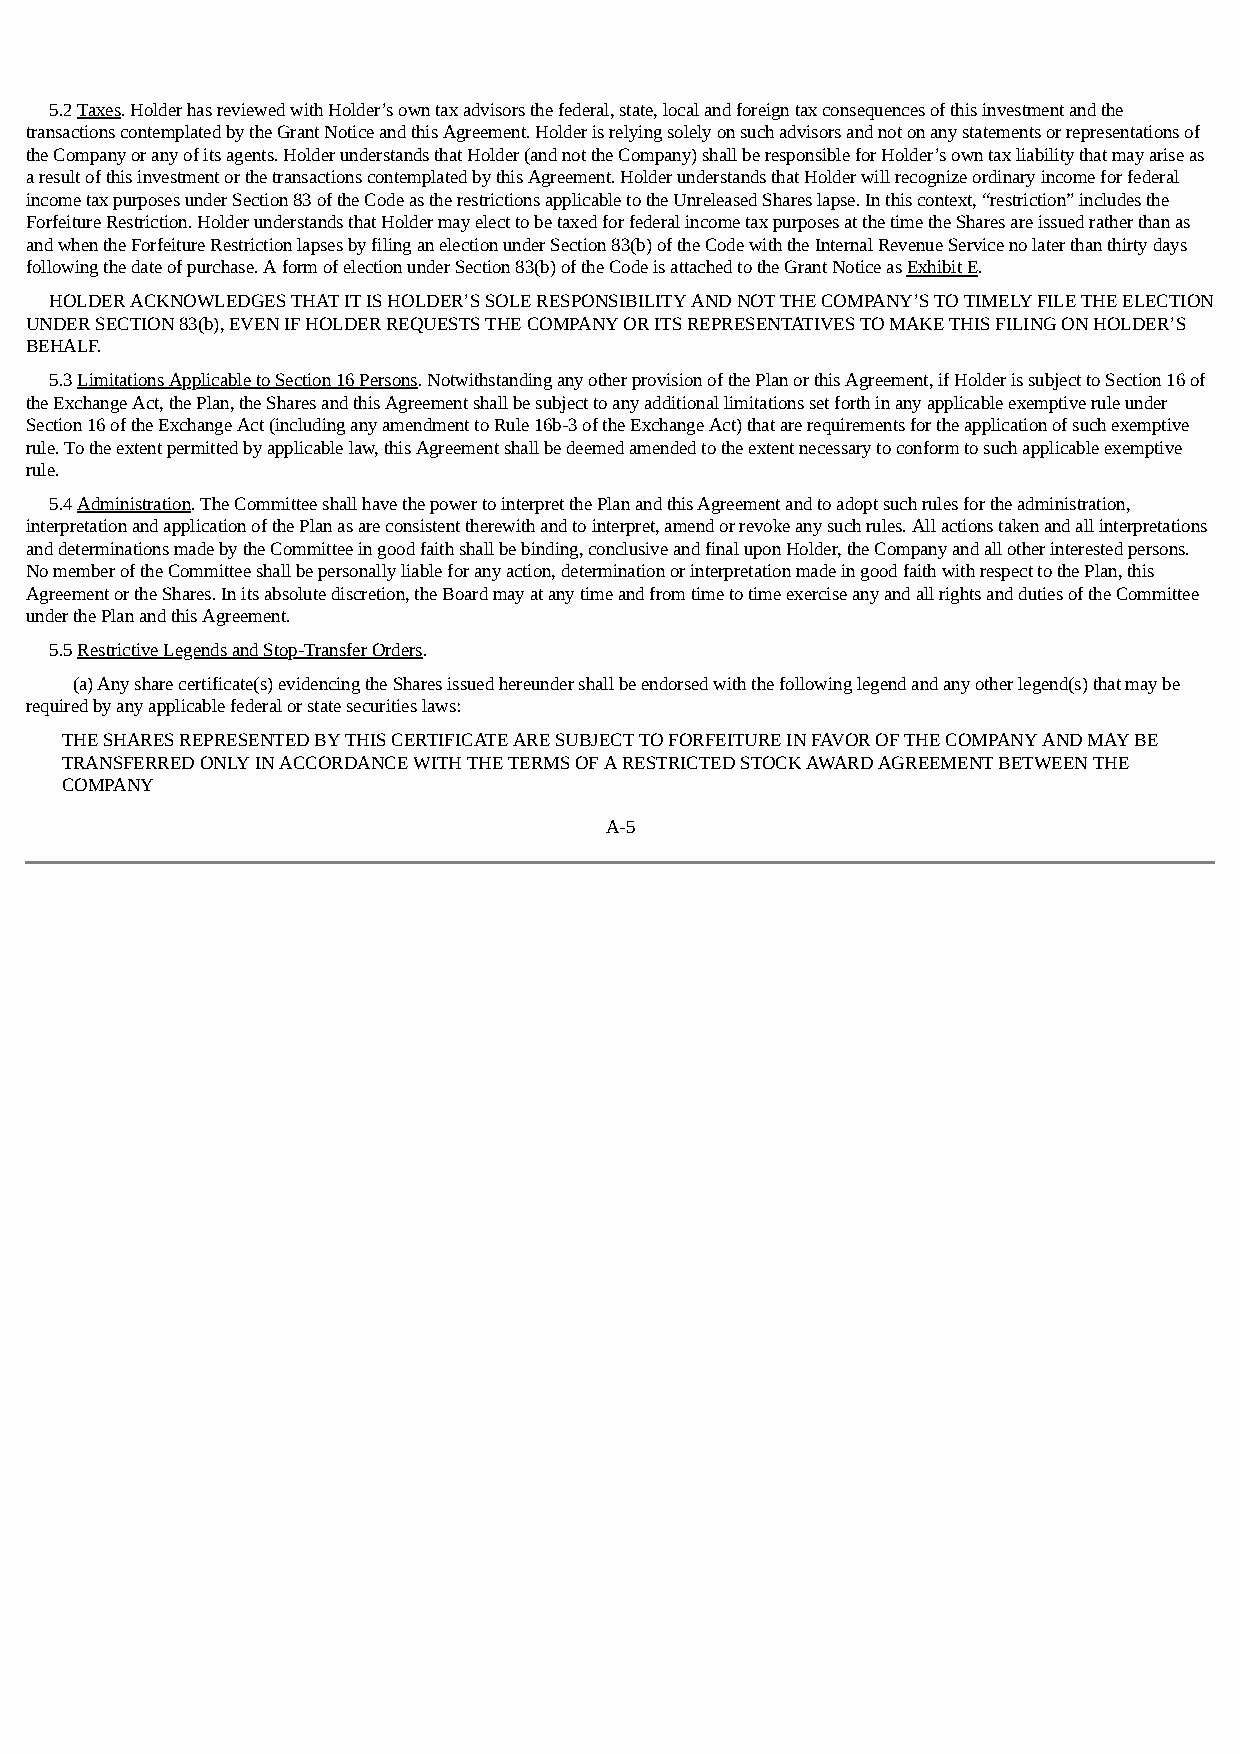
5.2 Taxes. Holder has reviewed with Holder’s own tax advisors the federal, state, local and foreign tax consequences of this investment and the
 transactions contemplated by the Grant Notice and this Agreement. Holder is relying solely on such advisors and not on any statements or representations of
 the Company or any of its agents. Holder understands that Holder (and not the Company) shall be responsible for Holder’s own tax liability that may arise as
 a result of this investment or the transactions contemplated by this Agreement. Holder understands that Holder will recognize ordinary income for federal
 income tax purposes under Section 83 of the Code as the restrictions applicable to the Unreleased Shares lapse. In this context, “restriction” includes the
 Forfeiture Restriction. Holder understands that Holder may elect to be taxed for federal income tax purposes at the time the Shares are issued rather than as
 and when the Forfeiture Restriction lapses by filing an election under Section 83(b) of the Code with the Internal Revenue Service no later than thirty days
 following the date of purchase. A form of election under Section 83(b) of the Code is attached to the Grant Notice as Exhibit E.
 HOLDER ACKNOWLEDGES THAT IT IS HOLDER’S SOLE RESPONSIBILITY AND NOT THE COMPANY’S TO TIMELY FILE THE ELECTION
 UNDER SECTION 83(b), EVEN IF HOLDER REQUESTS THE COMPANY OR ITS REPRESENTATIVES TO MAKE THIS FILING ON HOLDER’S
 BEHALF.
 5.3 Limitations Applicable to Section 16 Persons. Notwithstanding any other provision of the Plan or this Agreement, if Holder is subject to Section 16 of
 the Exchange Act, the Plan, the Shares and this Agreement shall be subject to any additional limitations set forth in any applicable exemptive rule under
 Section 16 of the Exchange Act (including any amendment to Rule 16b-3 of the Exchange Act) that are requirements for the application of such exemptive
 rule. To the extent permitted by applicable law, this Agreement shall be deemed amended to the extent necessary to conform to such applicable exemptive
 rule.
 5.4 Administration. The Committee shall have the power to interpret the Plan and this Agreement and to adopt such rules for the administration,
 interpretation and application of the Plan as are consistent therewith and to interpret, amend or revoke any such rules. All actions taken and all interpretations
 and determinations made by the Committee in good faith shall be binding, conclusive and final upon Holder, the Company and all other interested persons.
 No member of the Committee shall be personally liable for any action, determination or interpretation made in good faith with respect to the Plan, this
 Agreement or the Shares. In its absolute discretion, the Board may at any time and from time to time exercise any and all rights and duties of the Committee
 under the Plan and this Agreement.
 5.5 Restrictive Legends and Stop-Transfer Orders.
 (a) Any share certificate(s) evidencing the Shares issued hereunder shall be endorsed with the following legend and any other legend(s) that may be
 required by any applicable federal or state securities laws:
 THE SHARES REPRESENTED BY THIS CERTIFICATE ARE SUBJECT TO FORFEITURE IN FAVOR OF THE COMPANY AND MAY BE
 TRANSFERRED ONLY IN ACCORDANCE WITH THE TERMS OF A RESTRICTED STOCK AWARD AGREEMENT BETWEEN THE
 COMPANY
 A-5